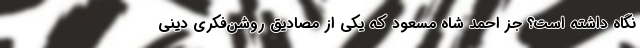
نگاه داشته است؟ جز احمد شاه مسعود که یکی از مصادیق روشن‌فکری دینی